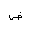
Letter: _dad